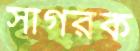
সাগরক